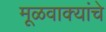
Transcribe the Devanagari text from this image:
मूळवाक्यांचे